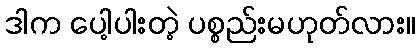
ဒါက ပေါ့ပါးတဲ့ ပစ္စည်းမဟုတ်လား။